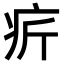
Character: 𤴾